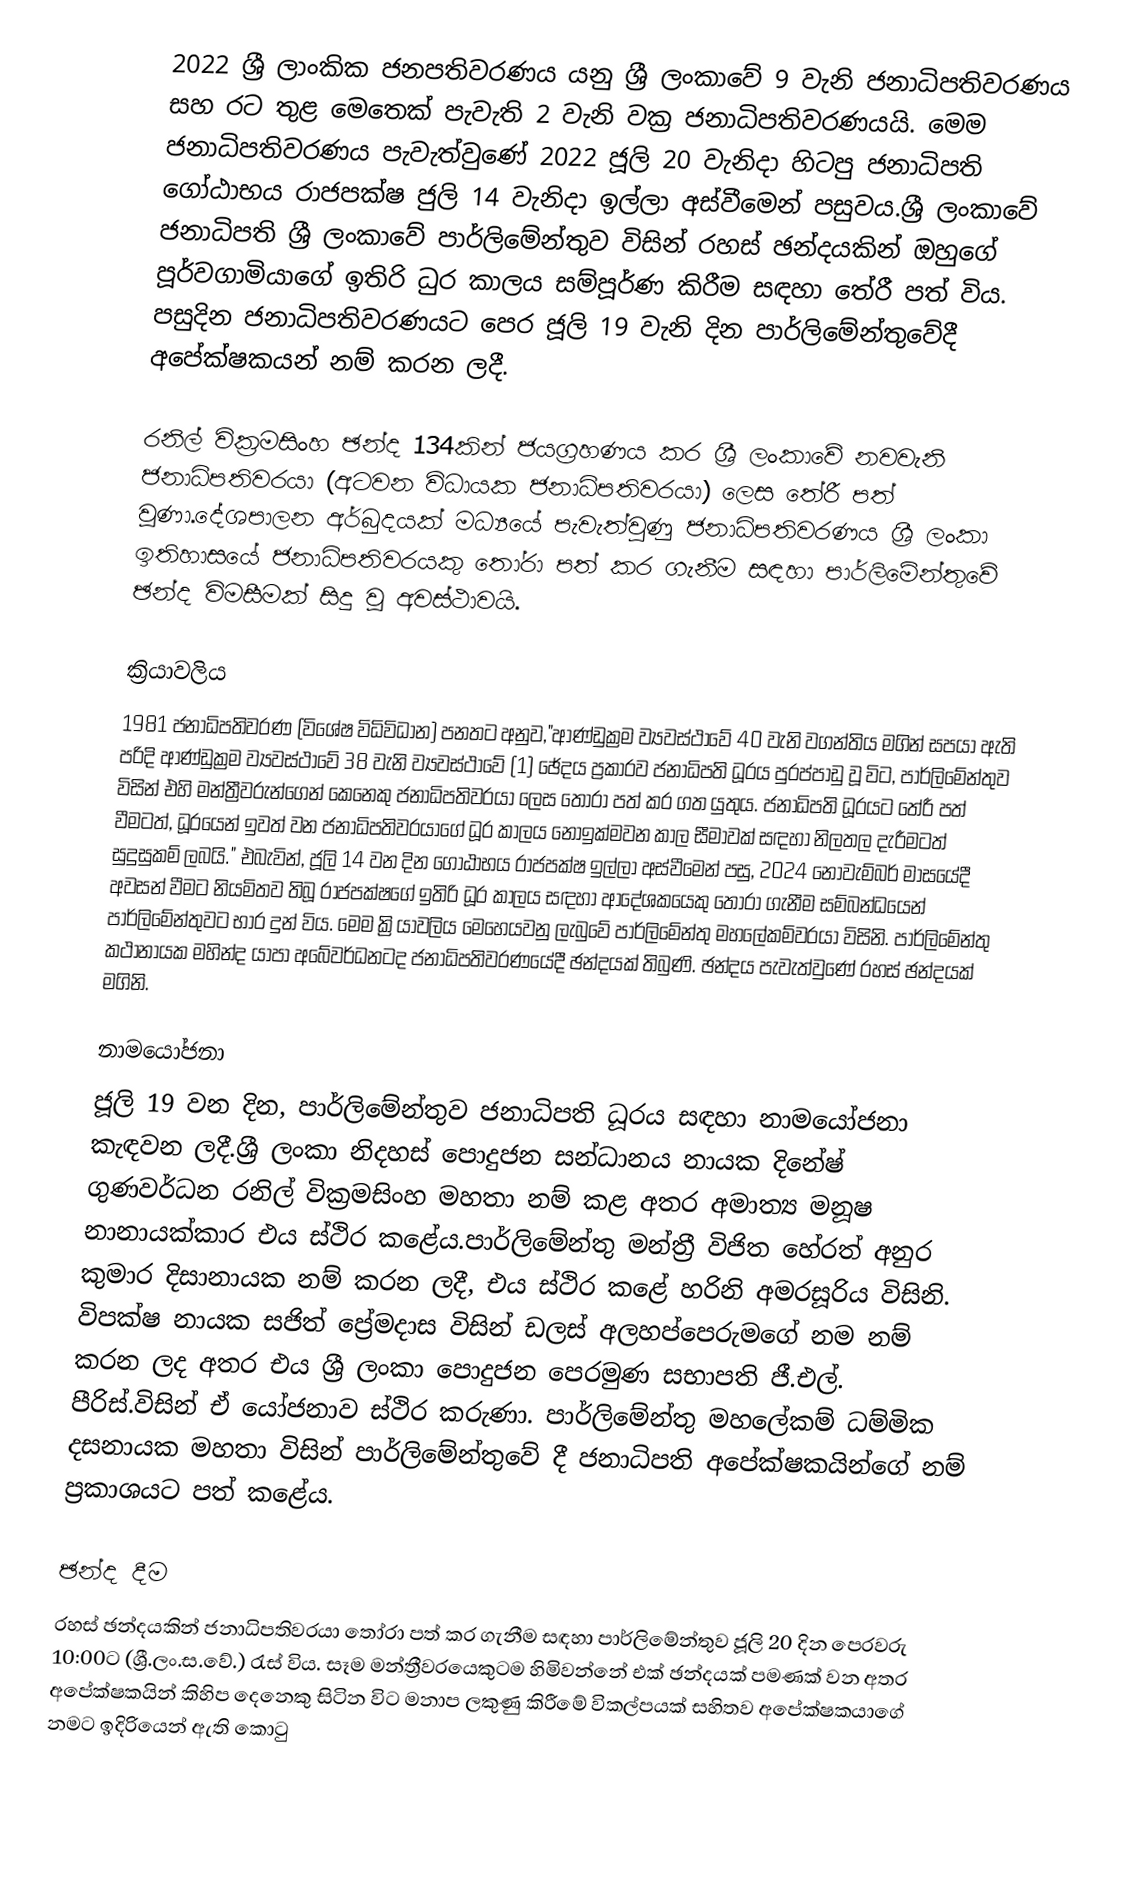
2022 ශ්‍රී ලාංකික ජනපතිවරණය යනු ශ්‍රී ලංකාවේ 9 වැනි ජනාධිපතිවරණය  සහ රට තුළ මෙතෙක් පැවැති 2 වැනි වක්‍ර ජනාධිපතිවරණයයි. මෙම ජනාධිපතිවරණය පැවැත්වුණේ 2022 ජූලි 20 වැනිදා හිටපු ජනාධිපති ගෝඨාභය රාජපක්ෂ ජුලි 14 වැනිදා ඉල්ලා අස්වීමෙන් පසුවය.ශ්‍රී ලංකාවේ ජනාධිපති ශ්‍රී ලංකාවේ පාර්ලිමේන්තුව විසින් රහස් ඡන්දයකින් ඔහුගේ පූර්වගාමියාගේ ඉතිරි ධුර කාලය සම්පූර්ණ කිරීම සඳහා තේරී පත් විය. පසුදින ජනාධිපතිවරණයට පෙර ජූලි 19 වැනි දින පාර්ලිමේන්තුවේදී අපේක්ෂකයන් නම් කරන ලදී.

රනිල් වික්‍රමසිංහ ඡන්ද 134කින් ජයග්‍රහණය කර ශ්‍රී ලංකාවේ නවවැනි ජනාධිපතිවරයා (අටවන විධායක ජනාධිපතිවරයා) ලෙස තේරී පත් වූණා.දේශපාලන අර්බුදයක් මධ්‍යයේ පැවැත්වුණු ජනාධිපතිවරණය ශ්‍රී ලංකා ඉතිහාසයේ ජනාධිපතිවරයකු තෝරා පත් කර ගැනීම සඳහා පාර්ලිමේන්තුවේ ඡන්ද විමසීමක් සිදු වූ අවස්ථාවයි.

ක්‍රියාවලිය
1981 ජනාධිපතිවරණ (විශේෂ විධිවිධාන) පනතට අනුව,"ආණ්ඩුක්‍රම ව්‍යවස්ථාවේ 40 වැනි වගන්තිය මගින් සපයා ඇති පරිදි ආණ්ඩුක්‍රම ව්‍යවස්ථාවේ 38 වැනි ව්‍යවස්ථාවේ (1) ඡේදය ප්‍රකාරව ජනාධිපති ධූරය පුරප්පාඩු වූ විට, පාර්ලිමේන්තුව විසින් එහි මන්ත්‍රීවරුන්ගෙන් කෙනෙකු ජනාධිපතිවරයා ලෙස තෝරා පත් කර ගත යුතුය. ජනාධිපති ධූරයට තේරී පත් වීමටත්, ධූරයෙන් ඉවත් වන ජනාධිපතිවරයාගේ ධූර කාලය නොඉක්මවන කාල සීමාවක් සඳහා නිලතල දැරීමටත් සුදුසුකම් ලබයි." එබැවින්, ජූලි 14 වන දින ගෝඨාභය රාජපක්ෂ ඉල්ලා අස්වීමෙන් පසු, 2024 නොවැම්බර් මාසයේදී අවසන් වීමට නියමිතව තිබූ රාජපක්ෂගේ ඉතිරි ධූර කාලය සඳහා ආදේශකයෙකු තෝරා ගැනීම සම්බන්ධයෙන් පාර්ලිමේන්තුවට භාර දුන් විය. මෙම ක්‍රියාවලිය මෙහෙයවනු ලැබුවේ පාර්ලිමේන්තු මහලේකම්වරයා විසිනි. පාර්ලිමේන්තු කථානායක මහින්ද යාපා අබේවර්ධනටද ජනාධිපතිවරණයේදී ඡන්දයක් තිබුණි. ඡන්දය පැවැත්වුණේ රහස් ඡන්දයක් මගිනි.

නාමයෝජනා
ජූලි 19 වන දින, පාර්ලිමේන්තුව ජනාධිපති ධූරය සඳහා නාමයෝජනා කැඳවන ලදී.ශ්‍රී ලංකා නිදහස් පොදුජන සන්ධානය නායක දිනේෂ් ගුණවර්ධන රනිල් වික්‍රමසිංහ මහතා නම් කළ අතර අමාත්‍ය මනූෂ නානායක්කාර එය ස්ථිර කළේය.පාර්ලිමේන්තු මන්ත්‍රී විජිත හේරත් අනුර කුමාර දිසානායක නම් කරන ලදී, එය ස්ථිර කළේ හරිනි අමරසූරිය විසිනි. විපක්ෂ නායක සජිත් ප්‍රේමදාස විසින් ඩලස් අලහප්පෙරුමගේ නම නම් කරන ලද අතර එය ශ්‍රී ලංකා පොදුජන පෙරමුණ සභාපති ජී.එල්. පීරිස්.විසින් ඒ යෝජනාව ස්ථිර කරුණා. පාර්ලිමේන්තු මහලේකම් ධම්මික දසනායක මහතා විසින් පාර්ලිමේන්තුවේ දී ජනාධිපති අපේක්ෂකයින්ගේ නම් ප්‍රකාශයට පත් කළේය.

ඡන්ද දීම
රහස් ඡන්දයකින් ජනාධිපතිවරයා තෝරා පත් කර ගැනීම සඳහා පාර්ලිමේන්තුව ජූලි 20 දින පෙරවරු 10:00ට (ශ්‍රී.ලං.ස.වේ.) රැස් විය. සෑම මන්ත්‍රීවරයෙකුටම හිමිවන්නේ එක් ඡන්දයක් පමණක් වන අතර අපේක්ෂකයින් කිහිප දෙනෙකු සිටින විට මනාප ලකුණු කිරීමේ විකල්පයක් සහිතව අපේක්ෂකයාගේ නමට ඉදිරියෙන් ඇති කොටු